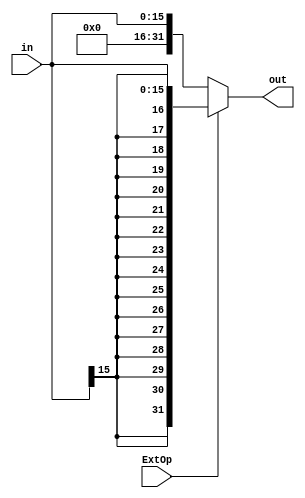
`timescale 1ns / 1ps
//////////////////////////////////////////////////////////////////////////////////
// Company: 
// Engineer: 
// 
// Design Name: 
// Module Name:    extend 
// Project Name: 
// Target Devices: 
// Tool versions: 
// Description: 
//
// Dependencies: 
//
// Revision: 
// Revision 0.01 - File Created
// Additional Comments: 
//
//////////////////////////////////////////////////////////////////////////////////
module extend(
    input [15:0] in,
    input ExtOp,
    output reg[31:0] out
    );
	
	always@(in or ExtOp)begin
		if(ExtOp == 1) out = {{16{in[15]}},in[15:0]};//
		else out = {{16{1'b0}},in[15:0]};//
	end

endmodule